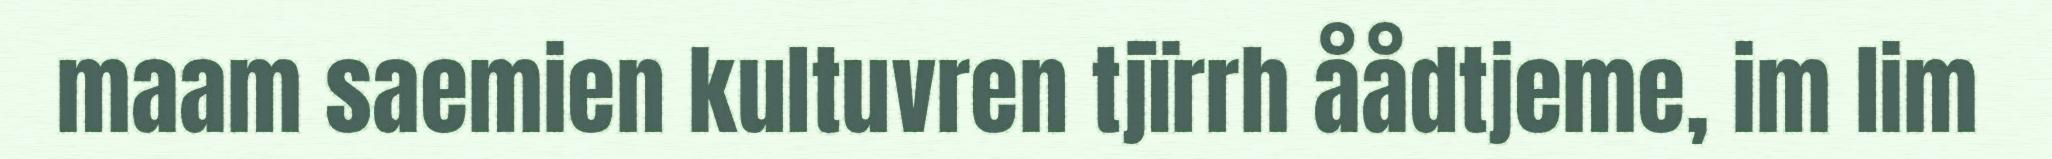
maam saemien kultuvren tjïrrh åådtjeme, im lim